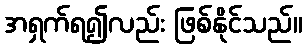
အရှက်ရ၍လည်း ဖြစ်နိုင်သည်။